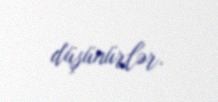
düşünürlər.